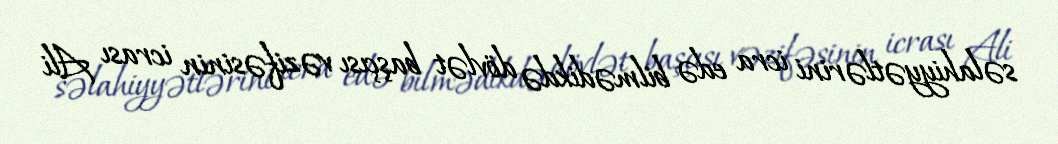
səlahiyyətlərini icra edə bilmədikdə dövlət başçısı vəzifəsinin icrası Ali